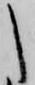
た